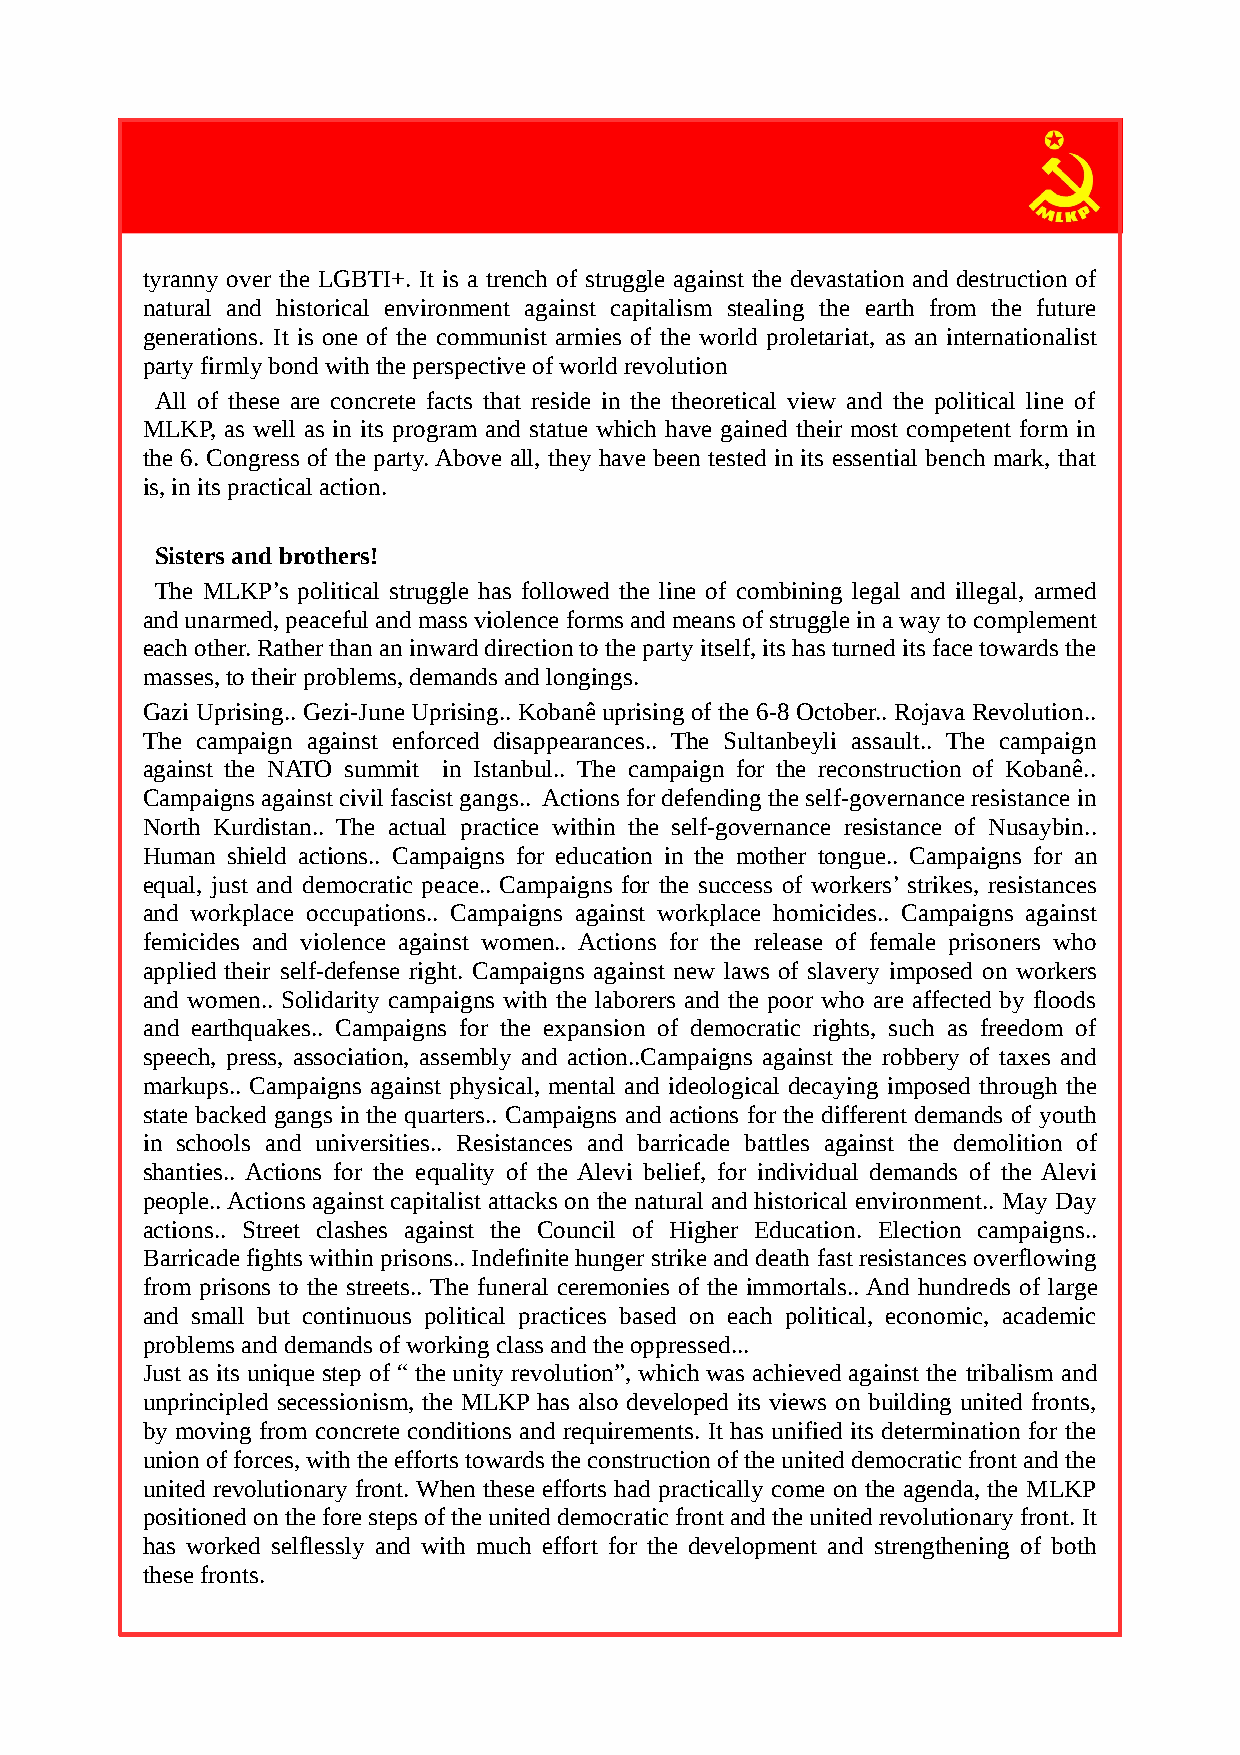
tyranny over the LGBTI+. It is a trench of struggle against the devastation and destruction of
 natural and historical environment against capitalism stealing the earth from the future
 generations. It is one of the communist armies of the world proletariat, as an internationalist
 party firmly bond with the perspective of world revolution
 All of these are concrete facts that reside in the theoretical view and the political line of
 MLKP, as well as in its program and statue which have gained their most competent form in
 the 6. Congress of the party. Above all, they have been tested in its essential bench mark, that
 is, in its practical action.
 Sisters and brothers!
 The MLKP’s political struggle has followed the line of combining legal and illegal, armed
 and unarmed, peaceful and mass violence forms and means of struggle in a way to complement
 each other. Rather than an inward direction to the party itself, its has turned its face towards the
 masses, to their problems, demands and longings.
 Gazi Uprising.. Gezi-June Uprising.. Kobanê uprising of the 6-8 October.. Rojava Revolution..
 The campaign against enforced disappearances.. The Sultanbeyli assault.. The campaign
 against the NATO summit in Istanbul.. The campaign for the reconstruction of Kobanê..
 Campaigns against civil fascist gangs.. Actions for defending the self-governance resistance in
 North Kurdistan.. The actual practice within the self-governance resistance of Nusaybin..
 Human shield actions.. Campaigns for education in the mother tongue.. Campaigns for an
 equal, just and democratic peace.. Campaigns for the success of workers’ strikes, resistances
 and workplace occupations.. Campaigns against workplace homicides.. Campaigns against
 femicides and violence against women.. Actions for the release of female prisoners who
 applied their self-defense right. Campaigns against new laws of slavery imposed on workers
 and women.. Solidarity campaigns with the laborers and the poor who are affected by floods
 and earthquakes.. Campaigns for the expansion of democratic rights, such as freedom of
 speech, press, association, assembly and action..Campaigns against the robbery of taxes and
 markups.. Campaigns against physical, mental and ideological decaying imposed through the
 state backed gangs in the quarters.. Campaigns and actions for the different demands of youth
 in schools and universities.. Resistances and barricade battles against the demolition of
 shanties.. Actions for the equality of the Alevi belief, for individual demands of the Alevi
 people.. Actions against capitalist attacks on the natural and historical environment.. May Day
 actions.. Street clashes against the Council of Higher Education. Election campaigns..
 Barricade fights within prisons.. Indefinite hunger strike and death fast resistances overflowing
 from prisons to the streets.. The funeral ceremonies of the immortals.. And hundreds of large
 and small but continuous political practices based on each political, economic, academic
 problems and demands of working class and the oppressed...
 Just as its unique step of “ the unity revolution”, which was achieved against the tribalism and
 unprincipled secessionism, the MLKP has also developed its views on building united fronts,
 by moving from concrete conditions and requirements. It has unified its determination for the
 union of forces, with the efforts towards the construction of the united democratic front and the
 united revolutionary front. When these efforts had practically come on the agenda, the MLKP
 positioned on the fore steps of the united democratic front and the united revolutionary front. It
 has worked selflessly and with much effort for the development and strengthening of both
 these fronts.